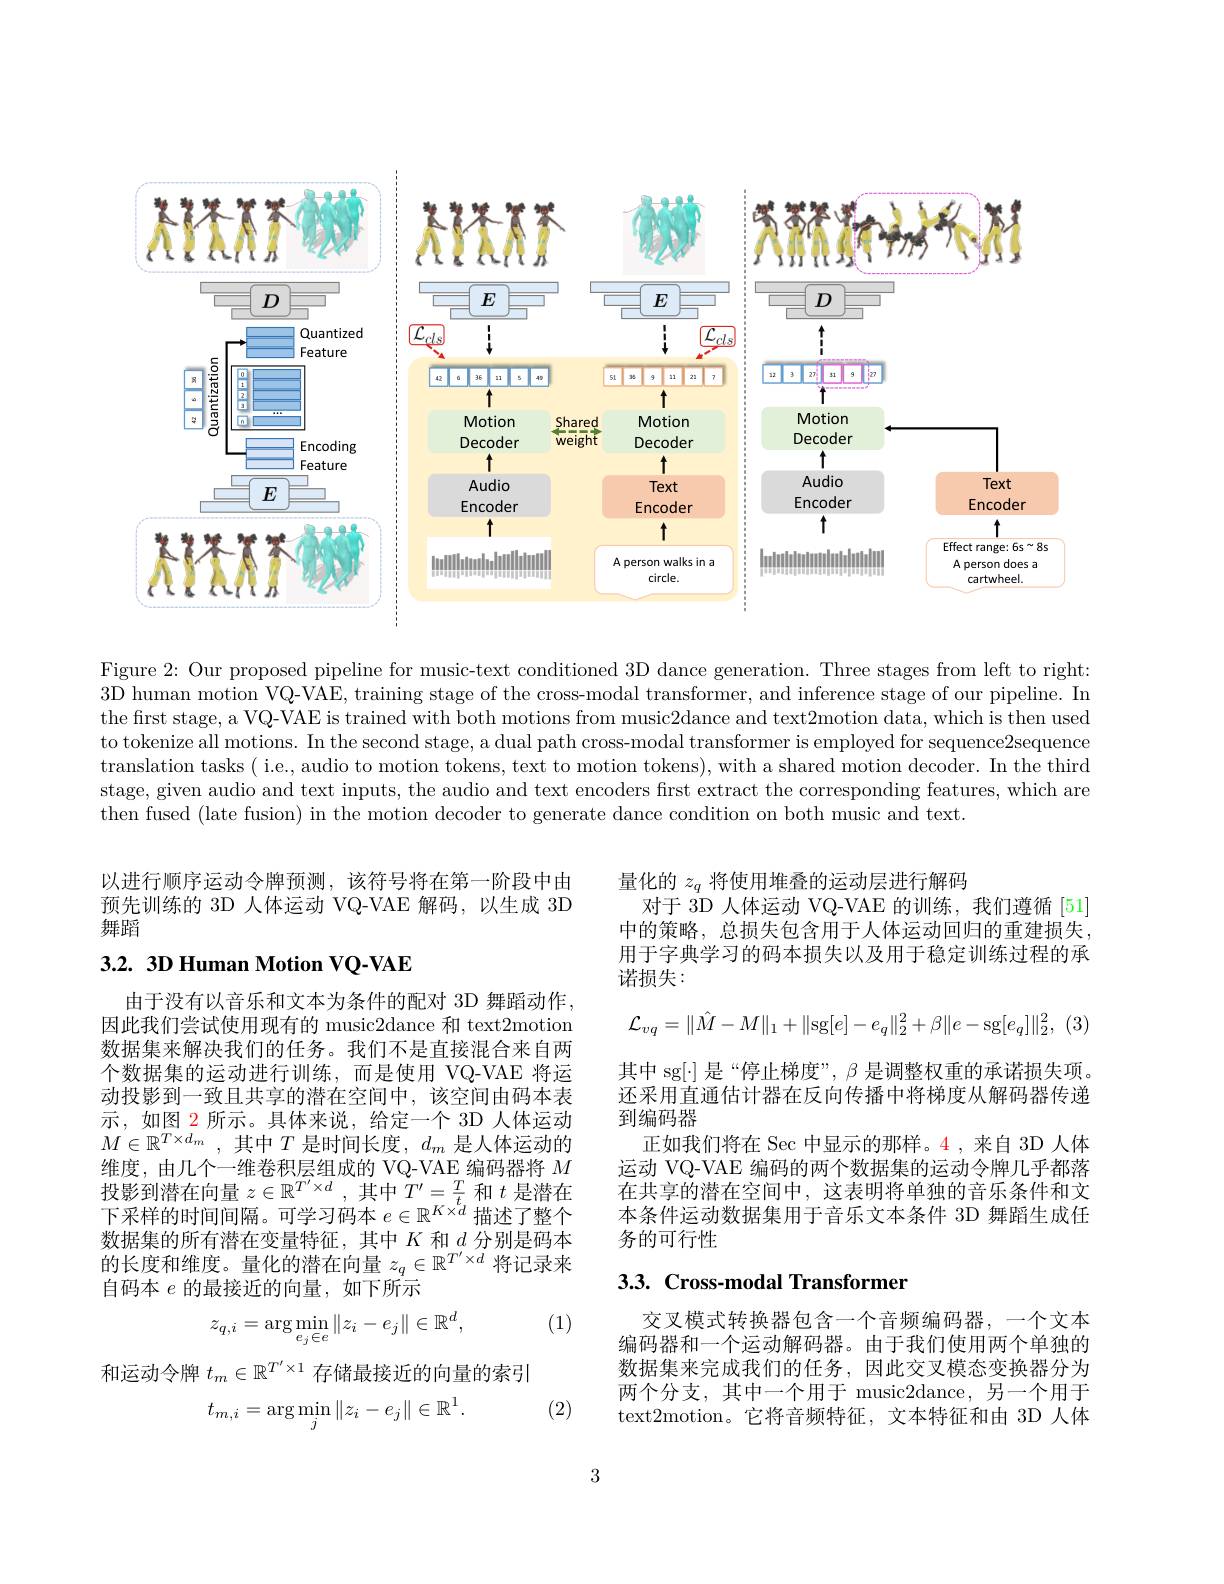
<FigureHere>

Figure 2: Our proposed pipeline for music-text conditioned 3D dance generation. Three stages from left to right: 3D human motion VQ-VAE, training stage of the cross-modal transformer, and inference stage of our pipeline. In the first stage, a VQ-VAE is trained with both motions from music2dance and text2motion data, which is then used to tokenize all motions. In the second stage, a dual path cross-modal transformer is employed for sequence2sequence translation tasks ( i.e., audio to motion tokens, text to motion tokens), with a shared motion decoder. In the third stage, given audio and text inputs, the audio and text encoders first extract the corresponding features, which are then fused (late fusion) in the motion decoder to generate dance condition on both music and text.

以进行顺序运动令牌预测，该符号将在第一阶段中由预先训练的 3D 人体运动 VQ-VAE 解码，以生成 3D 舞蹈

量化的$z_q$将使用堆叠的运动层进行解码
对于 3D 人体运动 VQ-VAE 的训练，我们遵循 [51] 中的策略，总损失包含用于人体运动回归的重建损失， 用于字典学习的码本损失以及用于稳定训练过程的承诺损失：

## $3.2.3D$ Human Motion VQ-VAE
$$\mathcal{L}_{vq}=\|\hat{M}-M\|_1+\|\mathrm{sg}[e]-e_q\|_2^2+\beta\|e-\mathrm{sg}[e_q]\|_2^2,$$
由于没有以音乐和文本为条件的配对 3D 舞蹈动作， 因此我们尝试使用现有的 music2dance 和 text2motion 数据集来解决我们的任务。我们不是直接混合来自两个数据集的运动进行训练，而是使用 VQ-VAE 将运动投影到一致且共享的潜在空间中，该空间由码本表示，如图 2 所示。具体来说，给定一个 3D 人体运动$M\in \mathbb{R} ^{T\times d_m}$ , 其中 $T$ 是时间长度，$d_m$ 是人体运动的维度，由几个一维卷积层组成的 VQ-VAE\_编码器将$M$ $\begin{array}{l}\text{投影到潜在向量 }z\in\mathbb{R}^{T^{\prime}\times d}\:,\text{其中 }T^{\prime}=\frac{T}{t}\text{ 和 }t\text{ 是潜在}\\\text{下采样的时间间隔。可学习码本 }e\in\mathbb{R}^{K\times d}\text{ 描述了整个}\end{array}$ 数据集的所有潜在变量特征，其中$K$ 和$d$ 分别是码本的长度和维度。量化的潜在向量$z_q\in\mathbb{R}^{T^{\prime}\times d}$将记录来自码本$e$的最接近的向量，如下所示

其中 sg[·] 是“停止梯度”, $\beta$是调整权重的承诺损失项。还采用直通估计器在反向传播中将梯度从解码器传递到编码器
正如我们将在 Sec 中显示的那样。4 ,来自 3D 人体运动 VQ-VAE 编码的两个数据集的运动令牌几乎都落在共享的潜在空间中，这表明将单独的音乐条件和文本条件运动数据集用于音乐文本条件 3D 舞蹈生成任务的可行性

## 3.3. Cross-modal Transformer

(1)
$$z_{q,i}=\arg\min_{e_{j}\in e}\|z_{i}-e_{j}\|\in\mathbb{R}^{d},$$
交叉模式转换器包含一个音频编码器，一个文本编码器和一个运动解码器。由于我们使用两个单独的数据集来完成我们的任务，因此交叉模态变换器分为两个分支，其中一个用于 music2dance,另一个用于text2motion。它将音频特征，文本特征和由 3D 人体

和运动令牌$t_m\in\mathbb{R}^{T^{\prime}\times1}$存储最接近的向量的索引
(2)
$$t_{m,i}=\arg\min_j\|z_i-e_j\|\in\mathbb{R}^1.$$
3